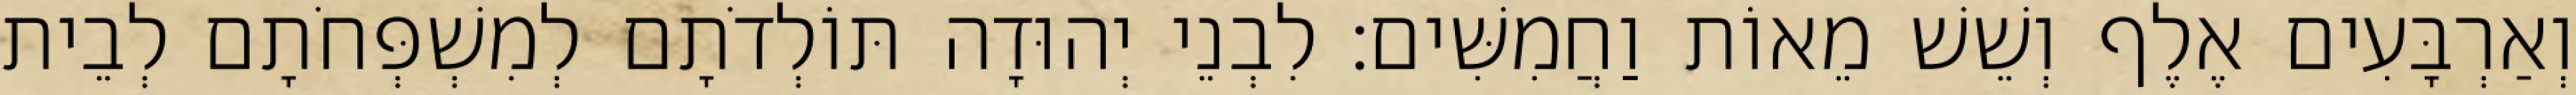
וְאַרְבָּעִים אֶלֶף וְשֵׁשׁ מֵאוֹת וַחֲמִשִּׁים׃ לִבְנֵי יְהוּדָה תּוֹלְדֹתָם לְמִשְׁפְּחֹתָם לְבֵית